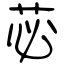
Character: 苾